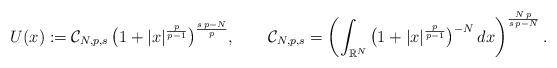
LaTeX: \begin{align*}U(x):=\mathcal{C}_{N,p,s}\,\big(1+|x|^{\frac{p}{p-1}}\big)^{\frac{s\,p-N}{p}},\qquad\mathcal{C}_{N,p,s}=\left(\int_{\mathbb{R}^N}\big(1+|x|^{\frac{p}{p-1}}\big)^{-N}\,dx\right)^\frac{N\,p}{s\,p-N}.\end{align*}